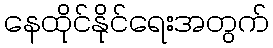
နေထိုင်နိုင်ရေးအတွက်